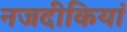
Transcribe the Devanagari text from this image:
नजदीकियां